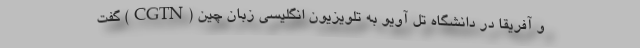
و آفریقا در دانشگاه تل آویو به تلویزیون انگلیسی زبان چین (CGTN) گفت